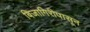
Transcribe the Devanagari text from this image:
बिजागिरीपासून